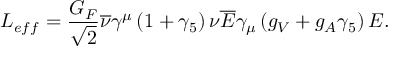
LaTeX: { \cal L } _ { e f f } = \frac { G _ { F } } { \sqrt { 2 } } \overline { { { \nu } } } \gamma ^ { \mu } \left( 1 + \gamma _ { 5 } \right) \nu \overline { { { E } } } \gamma _ { \mu } \left( g _ { V } + g _ { A } \gamma _ { 5 } \right) E .